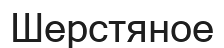
Шерстяное